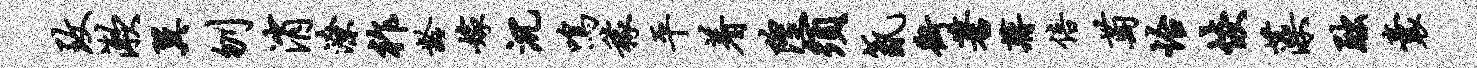
致漱翼刎消潦祚龄嫁沉鸣稼平着隍须氤街蓍蒋倍萄怡恢藻黜囊